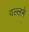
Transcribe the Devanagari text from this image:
वल्लभे